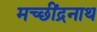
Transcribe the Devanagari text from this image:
मच्छींद्रनाथ